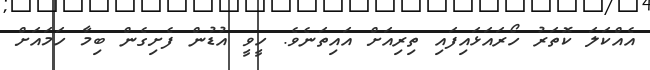
އެއްކަލަ ކޮތަރު ހޯރައަޅައިފައި ތިރިއަށް އައިތަނެވެ. ހީވީ އުޑުން ފެށިގެން ބިމާ ހަމައަށް